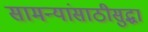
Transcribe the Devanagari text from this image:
सामन्यांसाठीसुद्धा